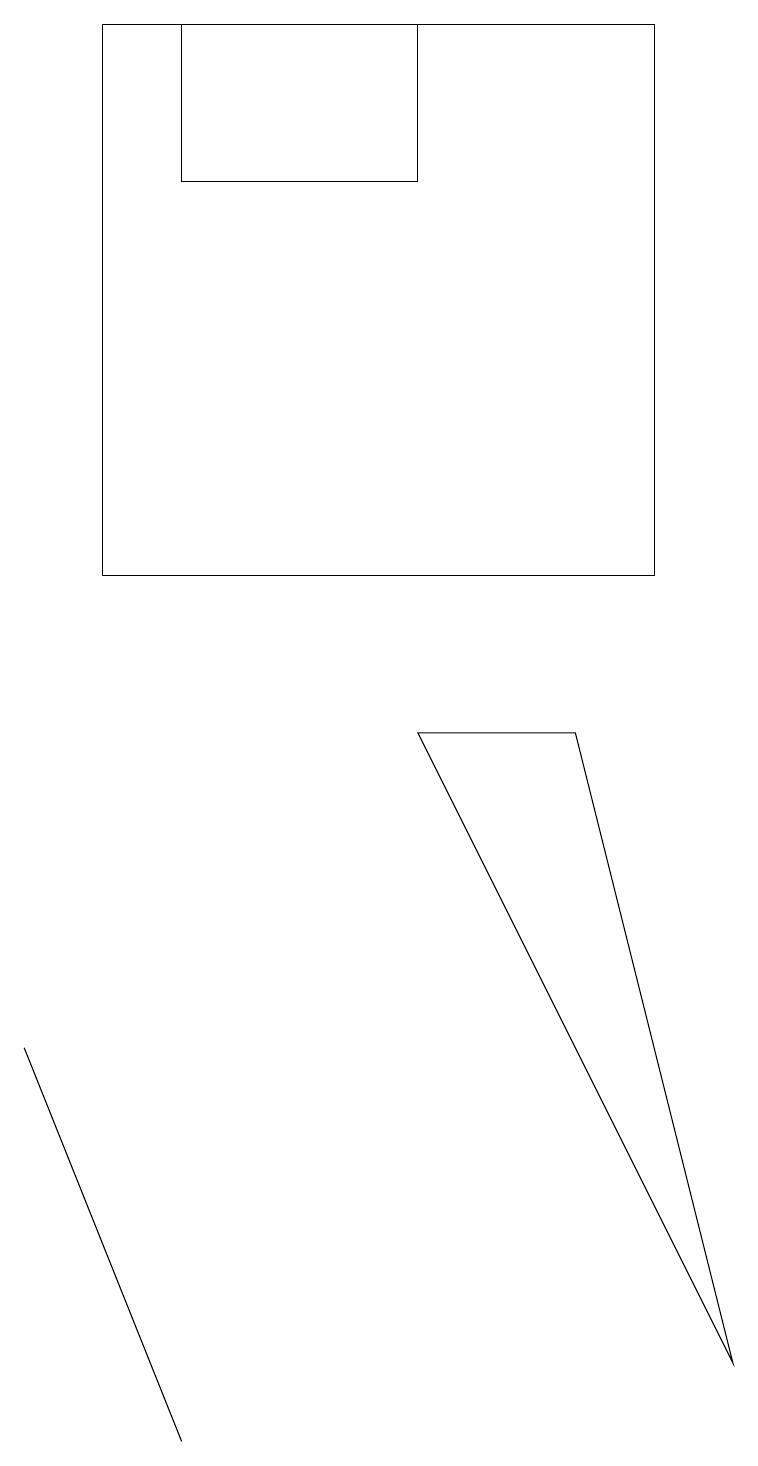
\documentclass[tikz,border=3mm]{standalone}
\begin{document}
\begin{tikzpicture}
\draw (2,0) -- (2,0) -- (0,5) -- cycle;
\draw (5,18) rectangle (2,16);
\draw (7,9) -- (9,1) -- (5,9) -- cycle;
\draw (1,18) rectangle (8,11);
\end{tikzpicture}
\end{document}